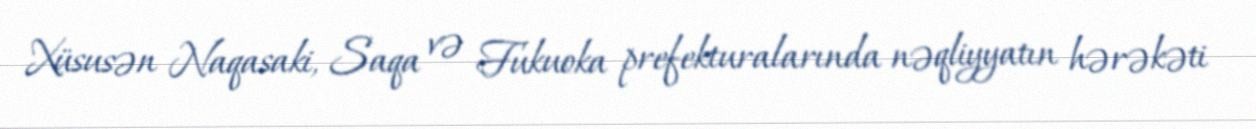
Xüsusən Naqasaki, Saqa və Fukuoka prefekturalarında nəqliyyatın hərəkəti